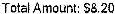
TOTAL AMOUNT: $8.20